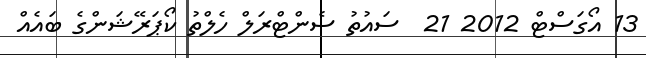
13 އޯގަސްޓް 2012 21  ސައުތު ސެންޓްރަލް ހެލްތު ކޯޕަރޭޝަންގެ ބައެއް